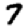
Digit: 7